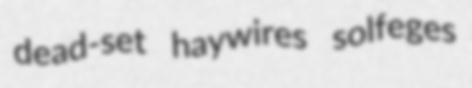
dead-set haywires solfeges